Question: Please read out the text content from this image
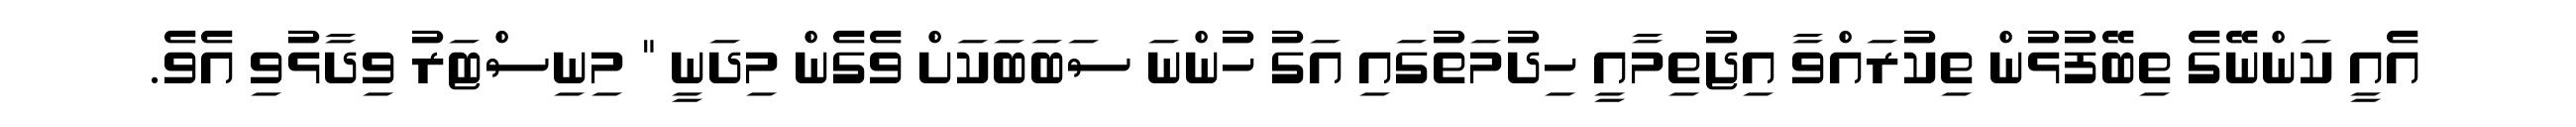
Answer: އެއީ ކަންނޭގެ ތިބޭފުޅުން ތިކުރައްވާ އިޖުތިމާއީ ހިދުމަތުގައި އަގު ހުންނަ ސަބަބަކަށް ވެގެން މިދަނީ " މިނިސްޓަރު ވިދާޅުވި އެވެ.